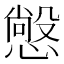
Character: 𭞲